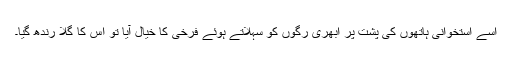
اسے استخوانی ہاتھوں کی پشت پر ابھری رگوں کو سہلاتے ہوئے فرخی کا خیال آیا تو اس کا گلا رندھ گیا۔